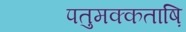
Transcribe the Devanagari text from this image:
पतुमक्कताष़ि